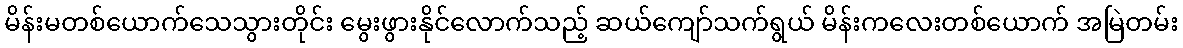
မိန်းမတစ်ယောက်သေသွားတိုင်း မွေးဖွားနိုင်လောက်သည့် ဆယ်ကျော်သက်ရွယ် မိန်းကလေးတစ်ယောက် အမြဲတမ်း